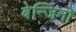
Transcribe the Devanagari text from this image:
बेन्जिनो